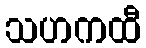
သဟကထီ